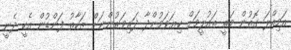
އަމިއްލަ ގޮތުން މަތީ ތައުލީމަށް ކިޔަވަމުންދާ ދަރިވަރުންނަށް ޒަކާތު ފަންޑުން އެހީ ދެނީ